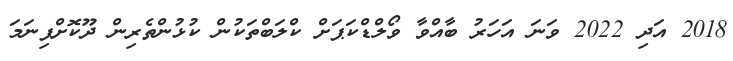
2018 އަދި 2022 ވަނަ އަހަރު ބާއްވާ ވޯލްޑްކަޕަށް ކްލަބްތަކުން ކުޅުންތެރިން ދޫކޮށްފިނަމަ